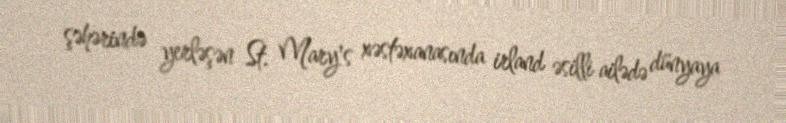
şəhərində yerləşən St. Mary's xəstəxanasında irland əsilli ailədə dünyaya